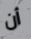
أن